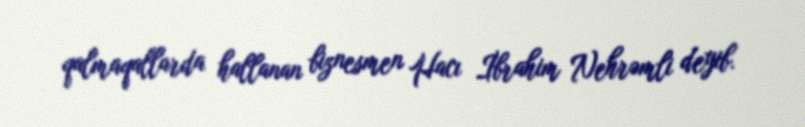
qalmaqallarda hallanan biznesmen Hacı İbrahim Nehrəmli deyib.